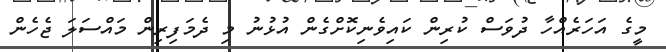
މީގެ އަހަރެއްހާ ދުވަސް ކުރިން ކައިވެނިކޮށްގެން އުޅުނު މި ދެމަފިރިން މައްސަލަ ޖެެހެން